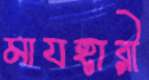
মাযহারী